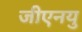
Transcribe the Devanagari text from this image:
जीएनयु